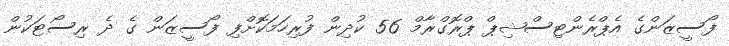
ފޯސީޒަންގެ އެޕްރެންޓިސްޝިޕް ޕްރޮގްރާމް 56 ކުދިން ފުރިހަމަކޮށްފި ފޯސީޒަން ގެ ދެ ރިސޯޓަކުން